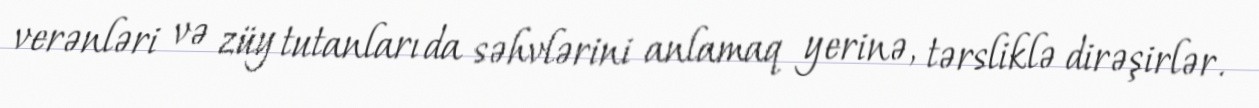
verənləri və züy tutanları da səhvlərini anlamaq yerinə, tərsliklə dirəşirlər.